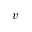
v